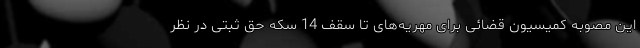
این مصوبه کمیسیون قضائی برای مهریه‌های تا سقف 14 سکه حق ثبتی در نظر